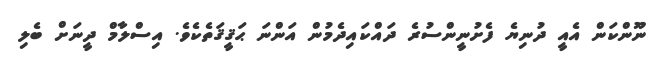
ނޫންކަން އެއީ ދުނިޔެ ފެށުނީންސުރެ ދައްކައިދެމުން އަންނަ ޙަޤީޤަތެކެވެ. އިސްލާމް ދީނަށް ބެލި